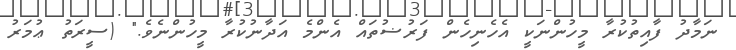
ނަމާދު ފާއިތުކުރާ މީހުންނަކީ އެހެނިހެން ފަރުޟުތައް އެންމެ އަދާނުކުރާ މީހުންނެވެ." (ސީރަތު ޢުމަރު